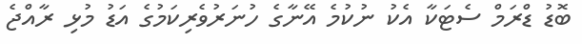
ބޮޑު ޑްރަމް ސެޓަކާ އެކު ނުކުމެ އޭނާގެ ހުނަރުވެރިކަމުގެ އަޑު މުޅި ރާއްޖެ